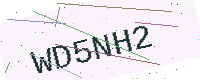
Text: WD5NH2